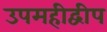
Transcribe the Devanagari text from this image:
उपमहीद्वीप